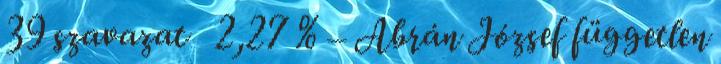
39 szavazat 2,27 % – Abrán József független